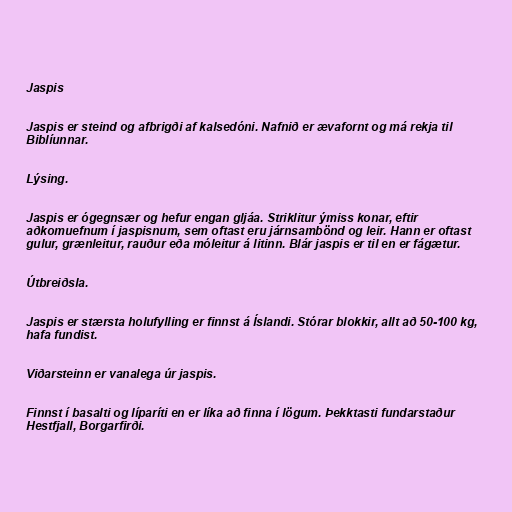
Jaspis

Jaspis er steind og afbrigði af kalsedóni. Nafnið er ævafornt og má rekja til
Biblíunnar.

Lýsing.

Jaspis er ógegnsær og hefur engan gljáa. Striklitur ýmiss konar, eftir
aðkomuefnum í jaspisnum, sem oftast eru járnsambönd og leir. Hann er oftast
gulur, grænleitur, rauður eða móleitur á litinn. Blár jaspis er til en er fágætur.

Útbreiðsla.

Jaspis er stærsta holufylling er finnst á Íslandi. Stórar blokkir, allt að 50-100 kg,
hafa fundist.

Viðarsteinn er vanalega úr jaspis.

Finnst í basalti og líparíti en er líka að finna í lögum. Þekktasti fundarstaður
Hestfjall, Borgarfirði.